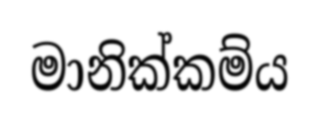
මානික්කම්ය